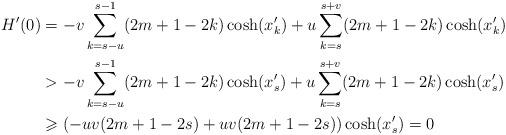
LaTeX: \begin{align*} H'(0)&=-v\sum_{k=s-u}^{s-1}(2m+1-2k)\cosh(x_k')+u\sum_{k=s}^{s+v}(2m+1-2k)\cosh(x_k')\\&>-v\sum_{k=s-u}^{s-1}(2m+1-2k)\cosh(x_s')+u\sum_{k=s}^{s+v}(2m+1-2k)\cosh(x_s')\\&\geqslant(-uv(2m+1-2s)+uv(2m+1-2s))\cosh(x_s')=0\end{align*}